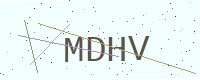
Text: MDHV